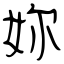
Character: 妳